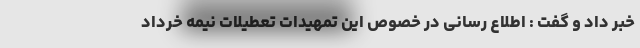
خبر داد و گفت : اطلاع رسانی در خصوص این تمهیدات تعطیلات نیمه خرداد